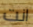
انت